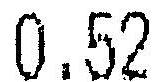
0.52